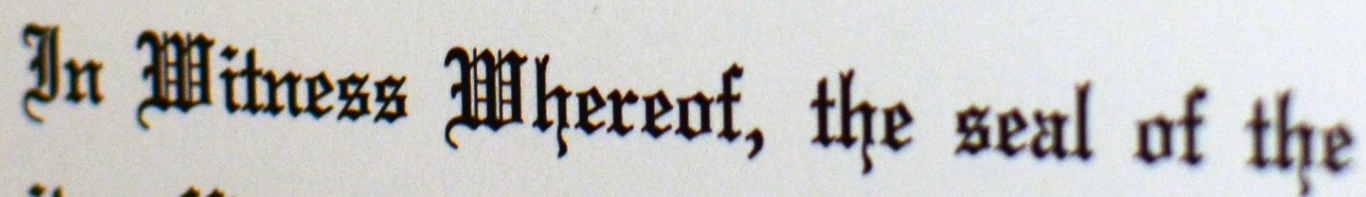
IN mitness Mherenf, the seal of the